Indian journal of veterinary science and animal husbandry - Volumes 24-25, 1954-1955
Year: 1954
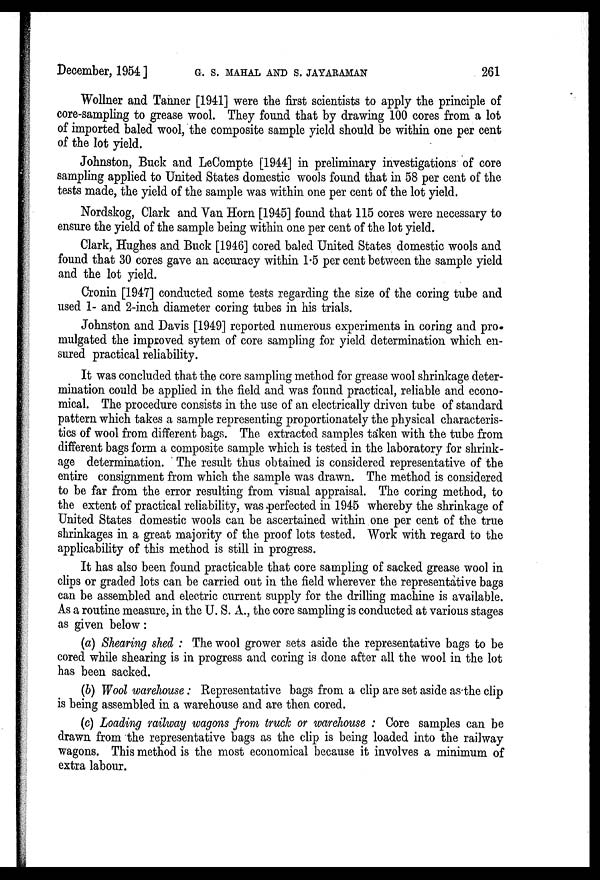
December, 1954 ] G. S. MAHAL AND S. JAYARAMAN 261
Wollner and Tanner [1941] were the first scientists to apply the principle of
core-sampling to grease wool. They found that by drawing 100 cores from a lot
of imported baled wool, the composite sample yield should be within one per cent
of the lot yield.
Johnston, Buck and LeCompte [1944] in preliminary investigations of core
sampling applied to United States domestic wools found that in 58 per cent of the
tests made, the yield of the sample was within one per cent of the lot yield.
Nordskog, Clark and Van Horn [1945] found that 115 cores were necessary to
ensure the yield of the sample being within one per cent of the lot yield.
Clark, Hughes and Buck [1946] cored baled United States domestic wools and
found that 30 cores gave an accuracy within 1.5 per cent between the sample yield
and the lot yield.
Cronin [1947] conducted some tests regarding the size of the coring tube and
used 1- and 2-inch diameter coring tubes in his trials.
Johnston and Davis [1949] reported numerous experiments in coring and pro-
mulgated the improved sytem of core sampling for yield determination which en-
sured practical reliability.
It was concluded that the core sampling method for grease wool shrinkage deter-
mination could be applied in the field and was found practical, reliable and econo-
mical. The procedure consists in the use of an electrically driven tube of standard
pattern which takes a sample representing proportionately the physical characteris-
tics of wool from different bags. The extracted samples taken with the tube from
different bags form a composite sample which is tested in the laboratory for shrink-
age determination. The result thus obtained is considered representative of the
entire consignment from which the sample was drawn. The method is considered
to be far from the error resulting from visual appraisal. The coring method, to
the extent of practical reliability, was perfected in 1945 whereby the shrinkage of
United States domestic wools can be ascertained within one per cent of the true
shrinkages in a great majority of the proof lots tested. Work with regard to the
applicability of this method is still in progress.
It has also been found practicable that core sampling of sacked grease wool in
clips or graded lots can be carried out in the field wherever the representative bags
can be assembled and electric current supply for the drilling machine is available.
As a routine measure, in the U. S. A., the core sampling is conducted at various stages
as given below :
(a) Shearing shed : The wool grower sets aside the representative bags to be
cored while shearing is in progress and coring is done after all the wool in the lot
has been sacked.
(b) Wool warehouse : Representative bags from a clip are set aside as the clip
is being assembled in a warehouse and are then cored.
(c) Loading railway wagons from truck or warehouse : Core samples can be
drawn from the representative bags as the clip is being loaded into the railway
wagons. This method is the most economical because it involves a minimum of
extra labour.